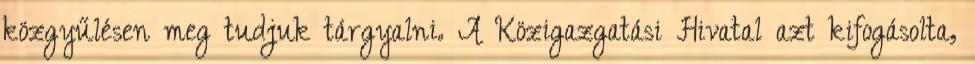
közgyűlésen meg tudjuk tárgyalni. A Közigazgatási Hivatal azt kifogásolta,